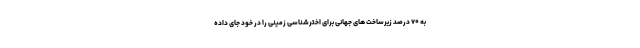
به ۷۰ درصد زیرساخت های جهانی برای اخترشناسی زمینی را در خود جای داده